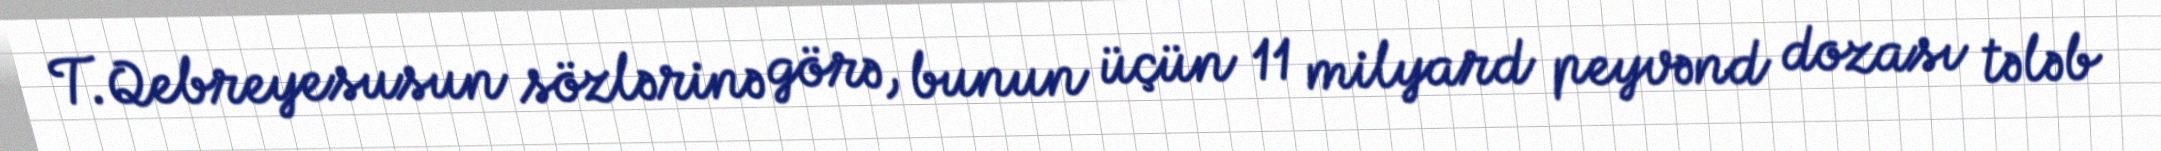
T.Qebreyesusun sözlərinə görə, bunun üçün 11 milyard peyvənd dozası tələb